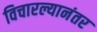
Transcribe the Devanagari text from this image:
विचारल्यानंतर